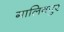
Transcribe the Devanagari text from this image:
गालिवपुर